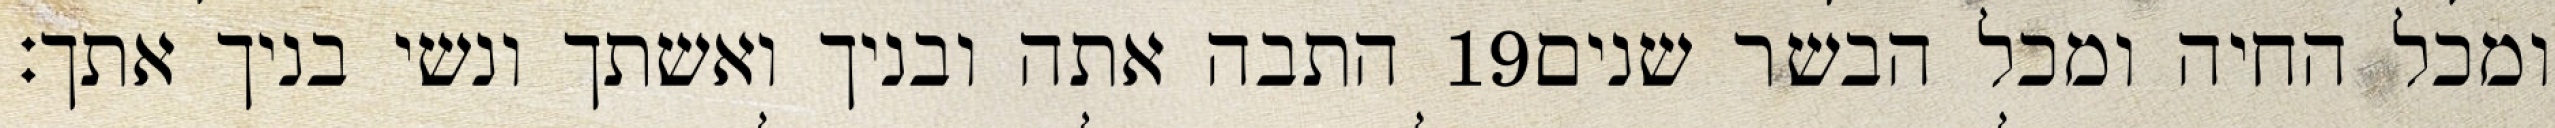
התבה אתה ובניך ואשתך ונשי בניך אתך׃ ‎19‏ ומכל החיה ומכל הבשר שנים